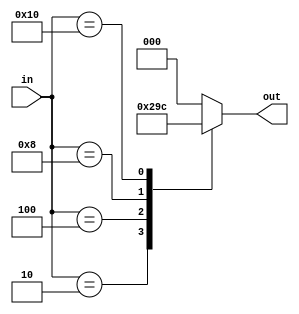
module encoder_5b_3b(
    in,
    out
);

input[4:0] in;
output[2:0] out;

reg[2:0] out;

always @(in) begin
    out = 3'h0;
    
    case(in)
        5'b00001: out = 3'h0;
        5'b00010: out = 3'h1;
        5'b00100: out = 3'h2;
        5'b01000: out = 3'h3;
        5'b10000: out = 3'h4;
        default: out = 3'h0;
    endcase
end
endmodule